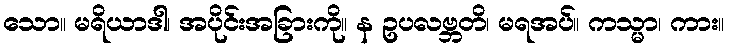
သော။ မရိယာဒါ၊ အပိုင်းအခြားကို။ န ဥပလဗ္ဘတိ၊ မရအပ်။ ကသ္မာ၊ ကား။